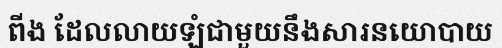
ពីង ដែលលាយឡំជាមួយនឹងសារនយោបាយ